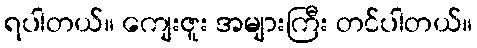
ရပါတယ်။ ကျေးဇူး အများကြီး တင်ပါတယ်။